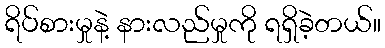
ရိပ်စားမှုနဲ့ နားလည်မှုကို ရရှိခဲ့တယ်။